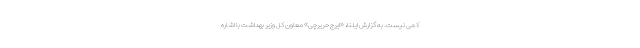
کمی نیست. به گزارش ایلنا، «ایرج حریرچی» معاون کل وزیر بهداشت با اشاره